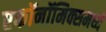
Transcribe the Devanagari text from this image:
एकॉनॉमिक्समध्ये